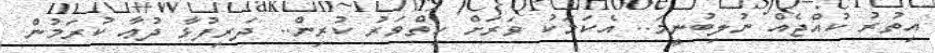
އިތުރު ކުއްޖެއް ނުލިބުނީމަ.. އެކަމަކު ވަރަށް ހިތްވަރު ކުރިން.. ދަރިފުޅާ ދުޢާ ކުރަމުން